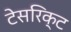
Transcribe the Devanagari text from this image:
टेसरिक्ट